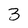
Character: 3